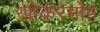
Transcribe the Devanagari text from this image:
खोकरमोह